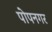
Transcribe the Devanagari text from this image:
पोपनगर